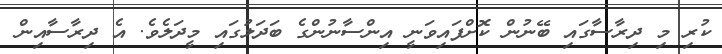
ކުރި މި ދިރާސާގައި ބޭނުން ކޮށްފައިވަނީ އިންސާނުންގެ ބަދަލުގައި މީދަލެވެ. އެ ދިރާސާއިން